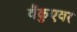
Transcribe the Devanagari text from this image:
वैंकुएवर